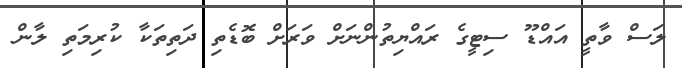
ލަސް ވާތީ އައްޑޫ ސިޓީގެ ރައްޔިތުންނަށް ވަރަށް ބޮޑެތި ދަތިތަކާ ކުރިމަތި ލާން